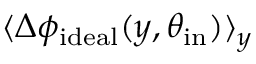
\langle \Delta \phi _ { \mathrm { i d e a l } } ( y , \theta _ { \mathrm { i n } } ) \rangle _ { y }